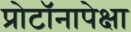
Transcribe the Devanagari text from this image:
प्रोटॉनापेक्षा